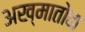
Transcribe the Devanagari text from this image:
अख्मातोवा